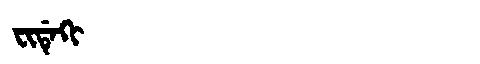
Manchu: ᠸᡳᡩᡝᡴᡳ
Romanization: FIDEKI